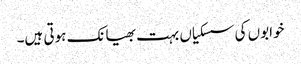
خوابوں کی سسکیاں بہت بھیانک ہوتی ہیں۔